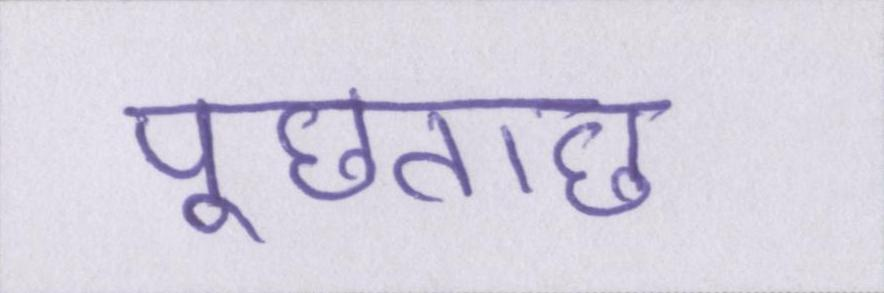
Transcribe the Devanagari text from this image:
पूछताछ